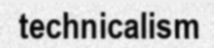
technicalism